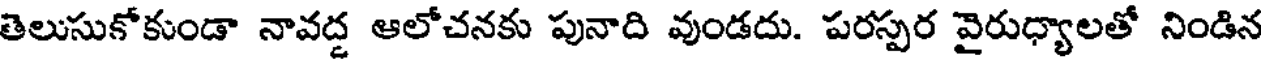
తెలుసుకోకుండా నావద్ద ఆలోచనకు పునాది వుండదు. పరస్పర వైరుధ్యాలతో నిండిన